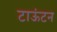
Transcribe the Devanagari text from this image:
टाऊंटन